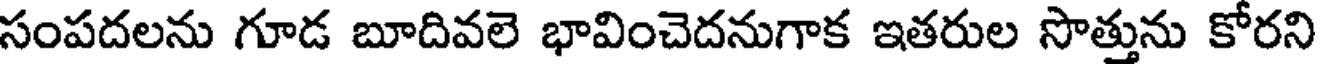
సంపదలను గూడ బూదివలె భావించెదనుగాక ఇతరుల సొత్తును కోరని